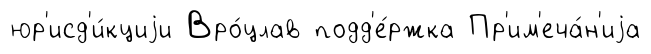
юр'исд'и́кциjи Вро́цлав подд'е́ржка Пр'им'еча́н'иjа